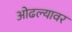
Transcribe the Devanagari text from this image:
ओढल्यावर